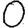
Digit: 0